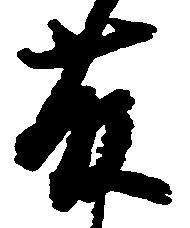
藤